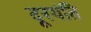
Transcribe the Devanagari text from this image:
दूरयंति